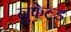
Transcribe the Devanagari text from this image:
नुफेल्ड